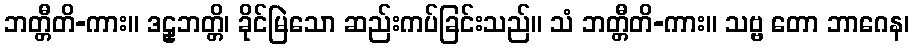
ဘတ္တီတိ-ကား။ ဒဠှဘတ္တိ၊ ခိုင်မြဲသော ဆည်းကပ်ခြင်းသည်။ သံ ဘတ္တီတိ-ကား။ သဗ္ဗ တော ဘာဂေန၊